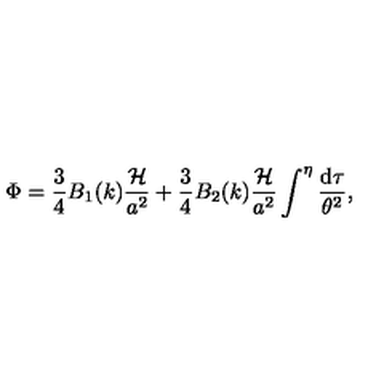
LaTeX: \Phi = \frac { 3 } { 4 } B _ { 1 } ( k ) \frac { { \cal H } } { a ^ { 2 } } + \frac { 3 } { 4 } B _ { 2 } ( k ) \frac { { \cal H } } { a ^ { 2 } } \int ^ { \eta } \frac { \mathrm { d } \tau } { \theta ^ { 2 } } ,